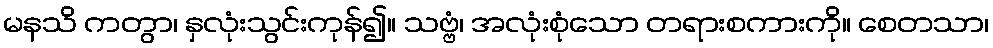
မနသိ ကတွာ၊ နှလုံးသွင်းကုန်၍။ သဗ္ဗံ၊ အလုံးစုံသော တရားစကားကို။ စေတသာ၊